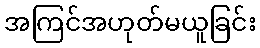
အကြင်အဟုတ်မယူခြင်း